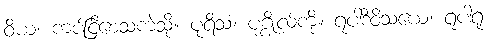
ဝိယ၊ ကပ်ငြိစေသကဲ့သို့။ ပုရိသံ၊ ပုဂ္ဂိုလ်ကို။ ရူပါဒိဝိသယေ၊ ရူပါရုံ